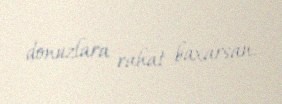
donuzlara rahat baxarsan.